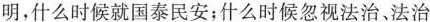
明，什么时候就国泰民安；什么时候忽视法治、法治